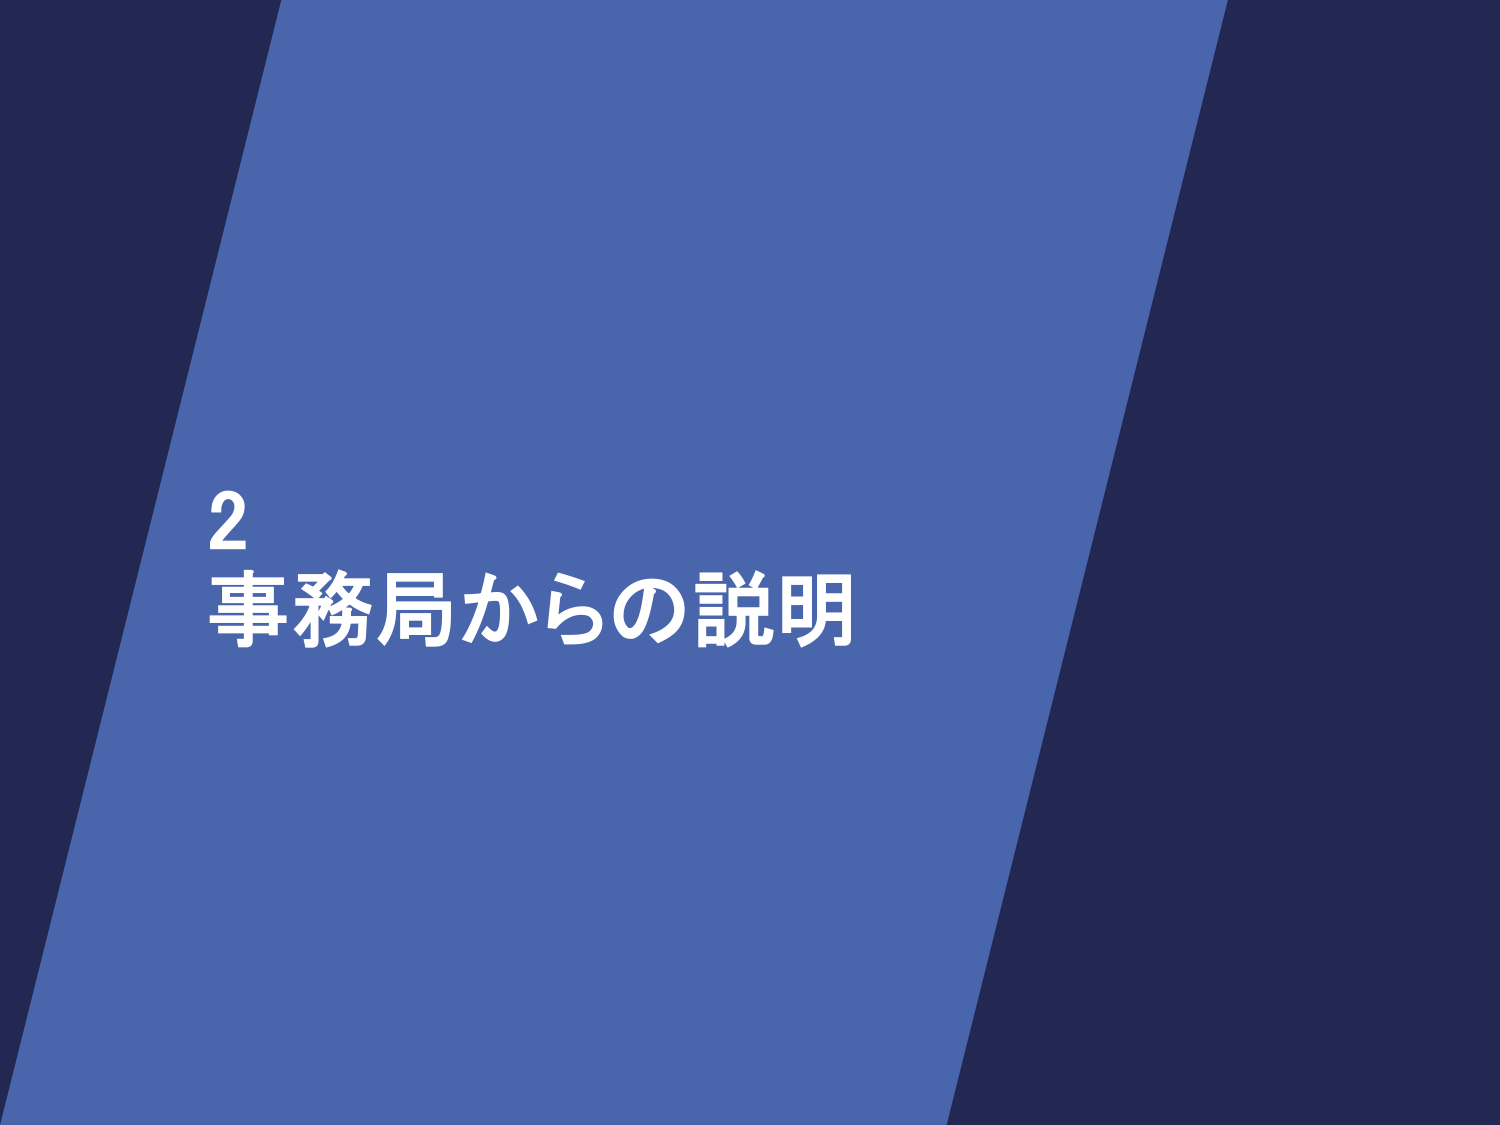
2
事務局からの説明